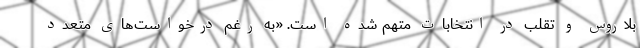
بلاروس و تقلب در انتخابات متهم شده است. «به رغم درخواست‌های متعدد